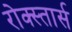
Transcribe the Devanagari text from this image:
रोक्स्तार्स